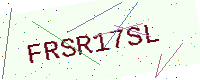
Text: FRSR17SL